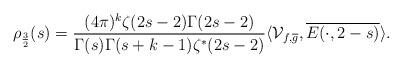
LaTeX: \begin{align*} \rho_{\frac{3}{2}}(s) = \frac{(4\pi)^k \zeta(2s - 2)\Gamma(2s - 2)}{\Gamma(s) \Gamma(s + k - 1) \zeta^*(2s - 2)} \langle \mathcal{V}_{f, \overline{g}}, \overline{E(\cdot, 2 -s)} \rangle.\end{align*}